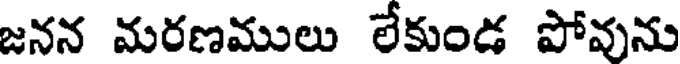
జనన మరణములు లేకుండ పోవును